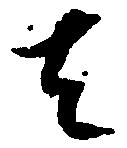
者